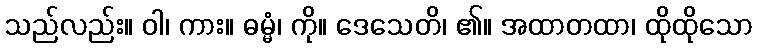
သည်လည်း။ ဝါ၊ ကား။ ဓမ္မံ၊ ကို။ ဒေသေတိ၊ ၏။ အထာတထာ၊ ထိုထိုသော